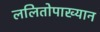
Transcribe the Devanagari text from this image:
ललितोपाख्यान